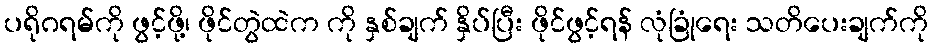
ပရိုဂရမ်ကို ဖွင့်ဖို့၊ ဖိုင်တွဲထဲက ကို နှစ်ချက် နှိပ်ပြီး ဖိုင်ဖွင့်ရန် လုံခြုံရေး သတိပေးချက်ကို